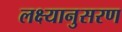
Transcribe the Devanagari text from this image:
लक्ष्यानुसरण